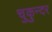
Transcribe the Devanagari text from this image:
चुकुन्दर